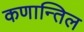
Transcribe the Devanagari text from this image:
कणान्तिल